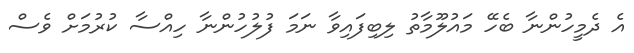
އެ ދެމީހުންނާ ބެހޭ މައުލޫމާތު ލިބިފައިވާ ނަމަ ފުލުހުންނާ ހިއްސާ ކުރުމަށް ވެސް